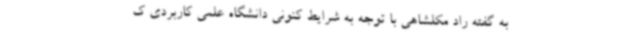
به گفته راد مکلشاهی با توجه به شرایط کنونی دانشگاه علمی کاربردی ک